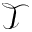
\mathcal { T }